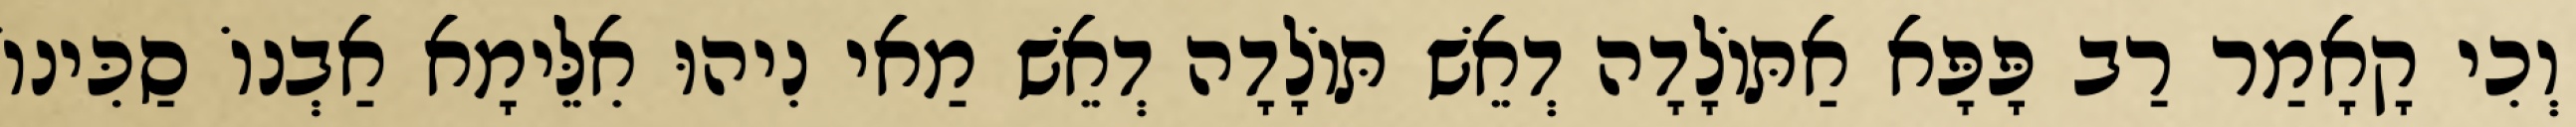
וְכִי קָאָמַר רַב פָּפָּא אַתּוֹלָדָה דְאֵשׁ תּוֹלָדָה דְאֵשׁ מַאי נִיהוּ אִלֵּימָא אַבְנוֹ סַכִּינוֹ